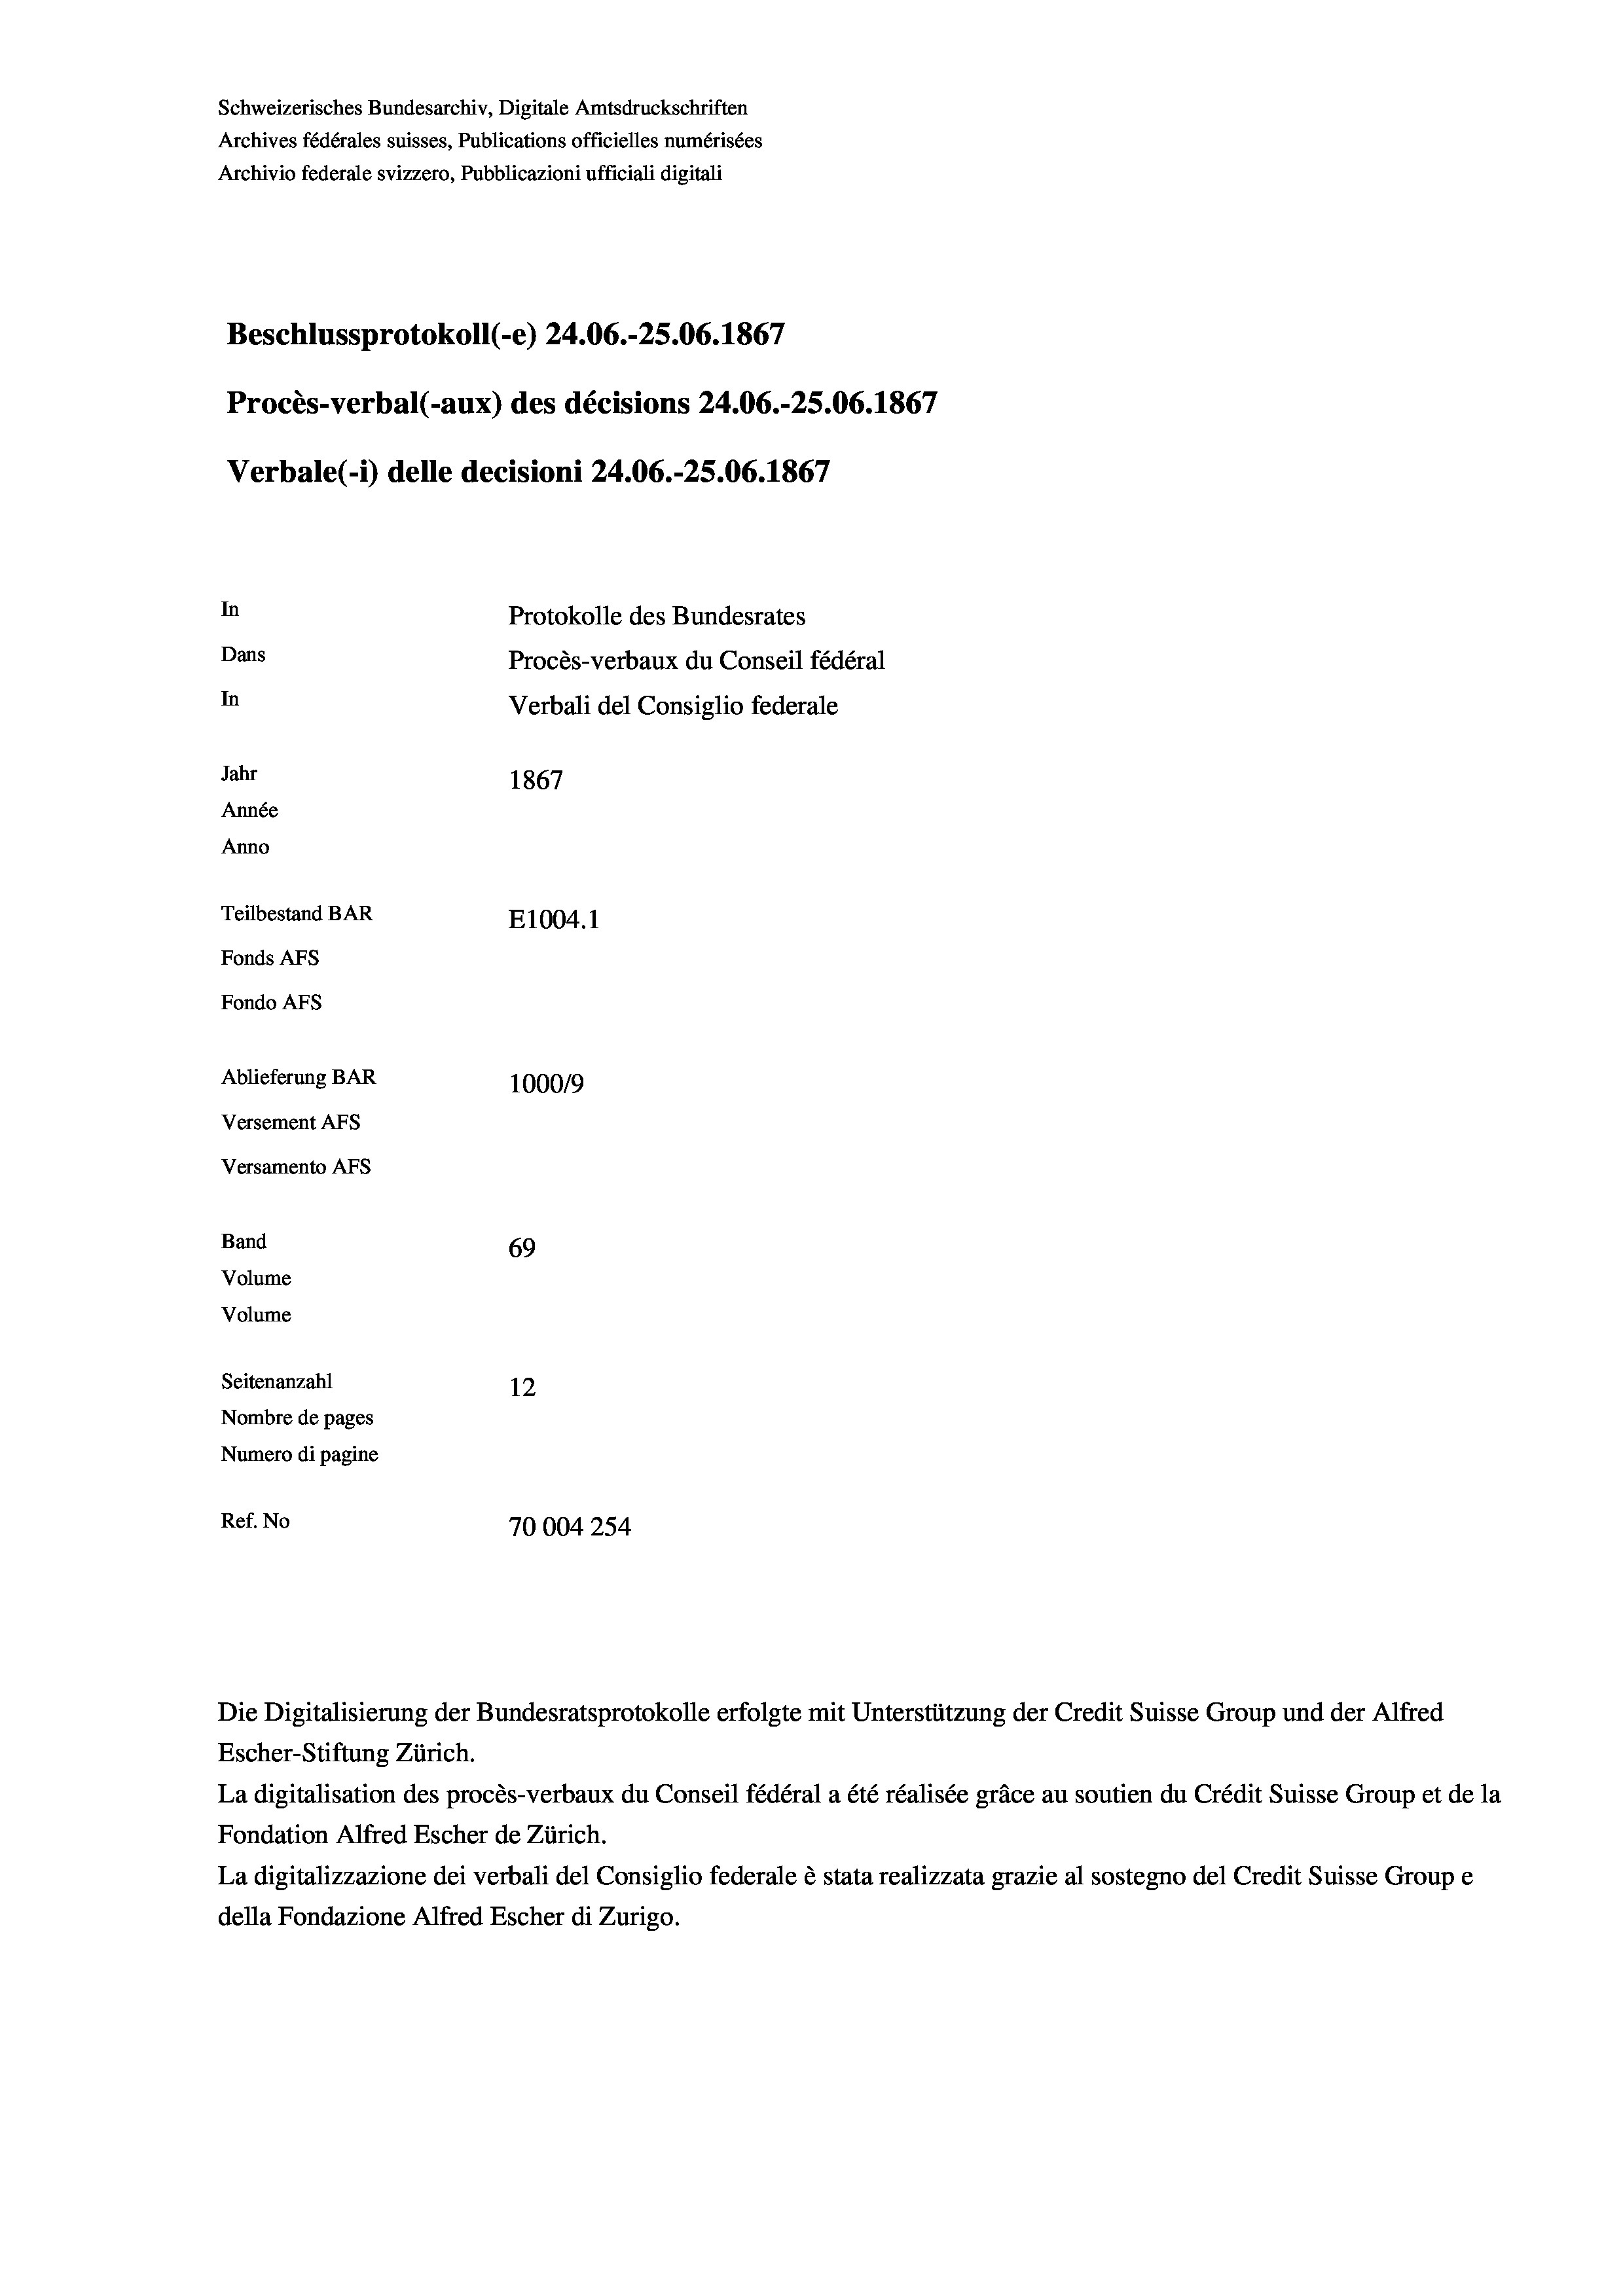
Schweizerisches Bundesarchiv, Digitale Amtsdruckschriften
Archives fédérales suisses, Publications officielles numérisées
Archivio federale svizzero, Pubblicazioni ufficiali digitali
Beschlussprotokoll (e) 24.06.-25.06. 1867
Procès-verbal (-aux) des décisions 24.06.-25.06. 1867
Verbale(-*) delle decisioni 24.06.-25.06. 1867
In
Protokolle des Bundesrates
Dans
Procès-verbaux du Conseil fédéral
In
Verbali del Consiglio federale
Jahr
1867
Année
Anno
Teilbestand BAR
E1004.1
Fonds AFs
Fondo Afs
Ablieferung BAR
100019
Versement AFs
Versamento AFs

69
Seitenanzahl
12
Nombre de pages
Numero di pagine
Ref. No
70004254

Band
Volume

Volume

Escher-Stiftung Zürich.
La digitalisation des procès-verbaux du Conseil fédéral a été réalisée gräce au soutien du Crédit Suisse Group et de la
Fondation Alfred Escher de Zürich.
La digitalizzazione dei verbali del Consiglio federale è stata realizzata grazie al sostegno del Credit Suisse Groupe
della Fondazione Alfred Escher di Zurigo.

Die Digitalisierung der Bundesratsprotokolle erfolgte mit Unterstützung der Credit Suisse Group und der Alfred